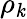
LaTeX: \rho_{\mathit{k}}